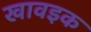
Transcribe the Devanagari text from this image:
खावइक